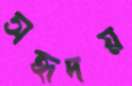
সহৃদয়